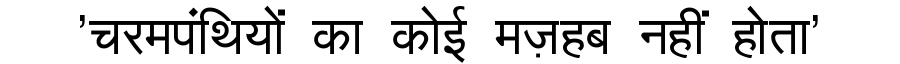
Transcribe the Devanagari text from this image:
'चरमपंथियों का कोई मज़हब नहीं होता'